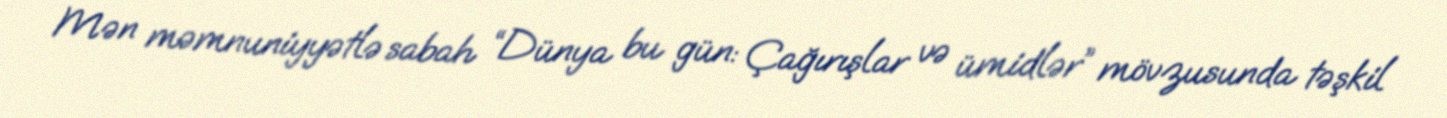
Mən məmnuniyyətlə sabah “Dünya bu gün: Çağırışlar və ümidlər” mövzusunda təşkil